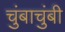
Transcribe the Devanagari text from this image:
चुंबाचुंबी